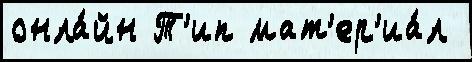
онла́йн Т'ип мат'ер'иа́л